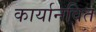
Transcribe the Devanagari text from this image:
कार्यानवित